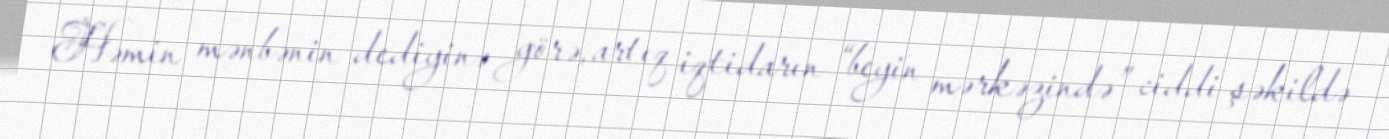
Həmin mənbənin dediyinə görə, artıq iqtidarın “beyin mərkəzində” ciddi şəkildə